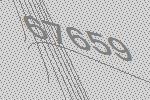
67659